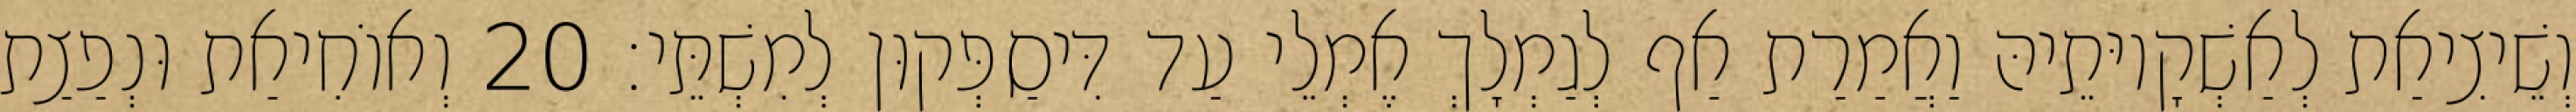
וְשֵׁיצִיאַת לְאַשְׁקָיוּתֵיהּ וַאֲמַרַת אַף לְגַמְלָךְ אֶמְלֵי עַד דִּיסַפְּקוּן לְמִשְׁתֵּי׃ 20 וְאוֹחִיאַת וּנְפַצַת